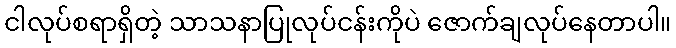
ငါလုပ်စရာရှိတဲ့ သာသနာပြုလုပ်ငန်းကိုပဲ ဇောက်ချလုပ်နေတာပါ။